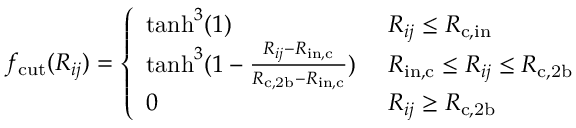
f _ { \mathrm { c u t } } ( R _ { i j } ) = \left\{ \begin{array} { l l } { \mathrm { t a n h } ^ { 3 } ( 1 ) } & { \ R _ { i j } \le R _ { \mathrm { c , i n } } } \\ { \mathrm { t a n h } ^ { 3 } ( 1 - \frac { R _ { i j } - R _ { \mathrm { i n , c } } } { R _ { \mathrm { c , 2 b } } - R _ { \mathrm { i n , c } } } ) } & { \ R _ { \mathrm { i n , c } } \le R _ { i j } \le R _ { \mathrm { c , 2 b } } } \\ { 0 } & { \ R _ { i j } \ge R _ { \mathrm { c , 2 b } } } \end{array} \right.